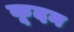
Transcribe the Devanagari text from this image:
कूदन